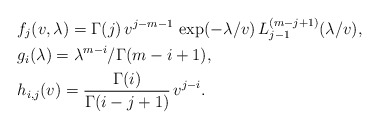
\begin{align*}&f_j(v,\lambda)=\Gamma(j)\,v^{j-m-1}\,\exp(-\lambda/v)\,L_{j-1}^{(m-j+1)}(\lambda/v),\\ &g_i(\lambda)=\lambda^{m-i}/\Gamma(m-i+1),\\&h_{i,j}(v)=\frac{\Gamma(i)}{\Gamma(i-j+1)}\,v^{j-i}.\end{align*}